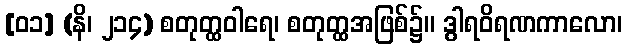
[၀၁] (နိ၊ ၂၁၄) စတုတ္ထဝါရေ၊ စတုတ္ထအဖြစ်၌။ ဒွါရဝိရဏကာလော၊